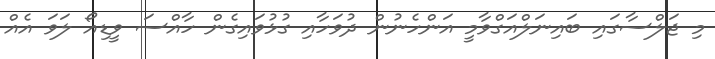
މި ޖަލްސާގައި ބައިނަލްއަގްވާމީ އަންހެނުން ދުވަހާއި ގުޅުވައިގެން ހާއްސަ ވީޑިއޯ ލަވަ އެއް